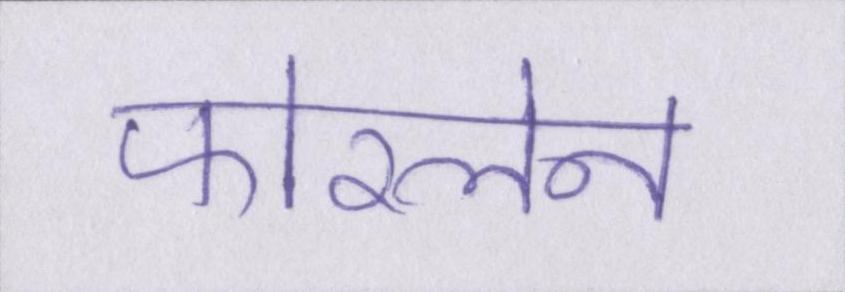
फोरलेन